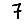
Digit: 7